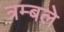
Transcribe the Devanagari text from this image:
त्रम्बले